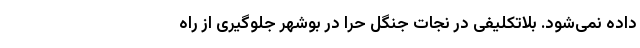
داده نمی‌شود. بلاتکلیفی در نجات جنگل حرا در بوشهر جلوگیری از راه‌